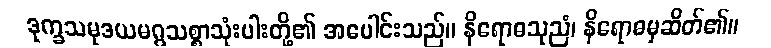
ဒုက္ခသမုဒယမဂ္ဂသစ္စာသုံးပါးတို့၏ အပေါင်းသည်။ နိရောဓသုညံ၊ နိရောဓမှဆိတ်၏။